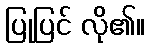
ပြုပြင် လို၏။